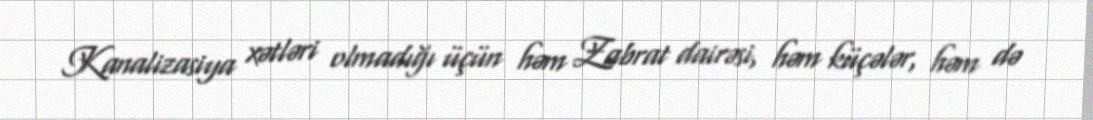
Kanalizasiya xətləri olmadığı üçün həm Zabrat dairəsi, həm küçələr, həm də